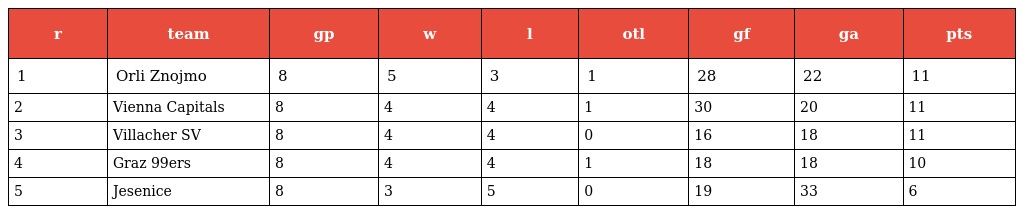
| r | team | gp | w | l | otl | gf | ga | pts |
 | --- | --- | --- | --- | --- | --- | --- | --- | --- |
 | 1 | Orli Znojmo | 8 | 5 | 3 | 1 | 28 | 22 | 11 |
 | 2 | Vienna Capitals | 8 | 4 | 4 | 1 | 30 | 20 | 11 |
 | 3 | Villacher SV | 8 | 4 | 4 | 0 | 16 | 18 | 11 |
 | 4 | Graz 99ers | 8 | 4 | 4 | 1 | 18 | 18 | 10 |
 | 5 | Jesenice | 8 | 3 | 5 | 0 | 19 | 33 | 6 |